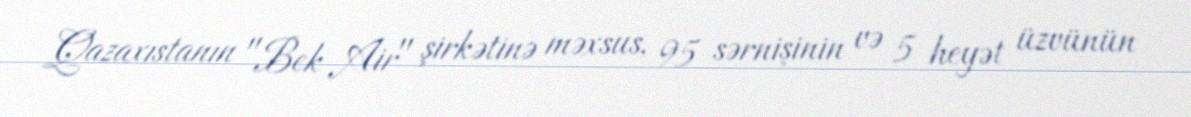
Qazaxıstanın "Bek Air" şirkətinə məxsus, 95 sərnişinin və 5 heyət üzvünün